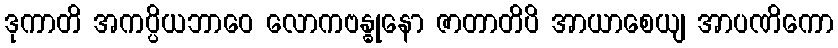
ဒုကာတိ အကပ္ပိယဘာဝေ လောကဗန္ဓုနော ဇာတာတိပိ အာယာစေယျ အာပဏိကော